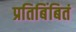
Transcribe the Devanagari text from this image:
प्रतिबिंबितं